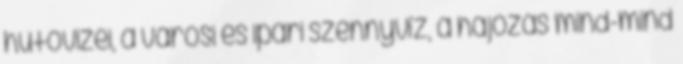
hűtővizei, a városi és ipari szennyvíz, a hajózás mind-mind